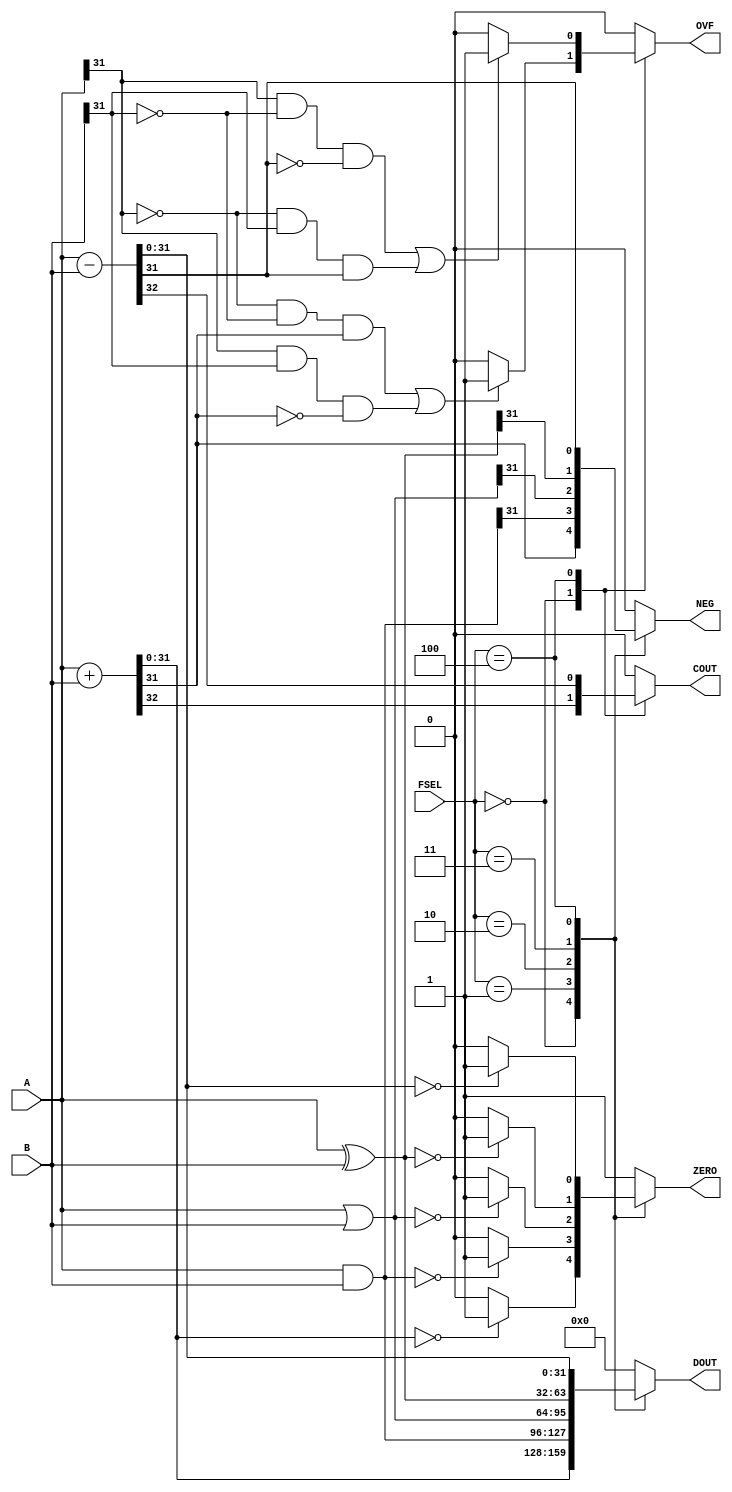
//------------------------------------------------------------------
//-- Verilog Model of MIPS ALU, "alu.v"
//-- 	by Ben Liao
//--    modified by Jack Kang
//--	Fall 2003 Computer Science 152
//--
//-- The ALU operates on two 32-bit quantities and outputs a 32-bit
//-- result plus the condition codes carry, zero, negative.
//--
//-- The functions implemented by the alu are:
//--		ADD  (condition codes always set) - FSEL = 000
//--		AND  (condition codes always set) - FSEL = 001
//--		OR   (condition codes always set) - FSEL = 010
//--		XOR  (condition codes always set) - FSEL = 011
//--		SUB  (condition codes always set) - FSEL = 100
//--		
//-------------------------------------------------------------------


//timing delay is 1ns, accuracy is 1ps
`timescale 1ns / 1ps

module alu(A, B,	//input vectors(31:0)
     	   DOUT,      	//output vectors(31:0)
     	   FSEL,      	//input function select(2:0)
     	   COUT,   	//output carry out
	   ZERO,	//output if alu out is zero	
     	   NEG,		//output if alu out is negative
     	   OVF		//output indicating overflow
     	   );
//-------------Input Signals---------------------------
input [31:0] 	A;
input [31:0] 	B;
input [2:0] 	FSEL;
     
//-------------Output Signals--------------------------
output [31:0]   DOUT;
output 		COUT;
output		ZERO;
output		NEG;
output		OVF;

//-------------Port Declarations-----------------------
reg  [31:0]	DOUT;
reg 		COUT;
reg		ZERO;
reg		NEG;
reg		OVF;	
		
//-------------Parameter Declarations------------------
parameter 	debugging = 0;
//a parameter like this makes it easy to switch back and forth between debugging modes.

always @(FSEL or A or B)
begin
	case (FSEL)
		0 : //ADD
			begin
				{COUT, DOUT} =  A+B;
				ZERO = (DOUT == 0)? 1:0;
				NEG = DOUT[31];
				OVF = (((A[31] == 0) && (B[31] == 0) && (DOUT[31] == 1)) ||
						((A[31] == 1) && (B[31] == 1) && (DOUT[31] == 0)))?
						1:0;
				if (debugging == 1) $display("%d ADD %d = %d", A, B, DOUT);
			end
		1 : //AND
			begin
				DOUT = A&B;
				COUT = 0;
				ZERO = (DOUT == 0)? 1:0;
				NEG = DOUT[31];
				OVF = 0;
				if (debugging == 1) $display("%d AND %d = %d", A, B, DOUT);
			end
		2 : //OR
			begin
				DOUT = A|B;
				COUT = 0;
				ZERO = (DOUT == 0)? 1:0;
				NEG = DOUT[31];
				OVF = 0;
				if (debugging == 1) $display("%d OR %d = %d", A, B, DOUT);
			end
		3 : //XOR
			begin
				DOUT = A^B;
				COUT = 0;
				ZERO = (DOUT == 0)? 1:0;
				NEG = DOUT[31];
				OVF = 0;
				if (debugging == 1) $display("%d XOR %d = %d", A, B, DOUT);
			end
		4 : //SUB
			begin
				{COUT, DOUT} = A-B;
				ZERO = (DOUT == 0)? 1:0;
				NEG = DOUT[31];
				OVF = (((A[31] == 1) && (B[31] == 0) && (DOUT[31] == 0)) ||
						((A[31] == 0) && (B[31] == 1) && (DOUT[31] == 1)))?
						1:0;
				if (debugging == 1) $display("%d SUB %d = %d", A, B, DOUT);
			end
		default : //always having a default case is a good idea!
			begin
				DOUT = 0;
				COUT = 0;
				ZERO = 1;
				NEG = 0;
				OVF = 0;
			end
		endcase
end

endmodule